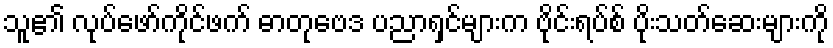
သူ၏ လုပ်ဖော်ကိုင်ဖက် ဓာတုဗေဒ ပညာရှင်များက ဗိုင်းရပ်စ် ပိုးသတ်ဆေးများကို